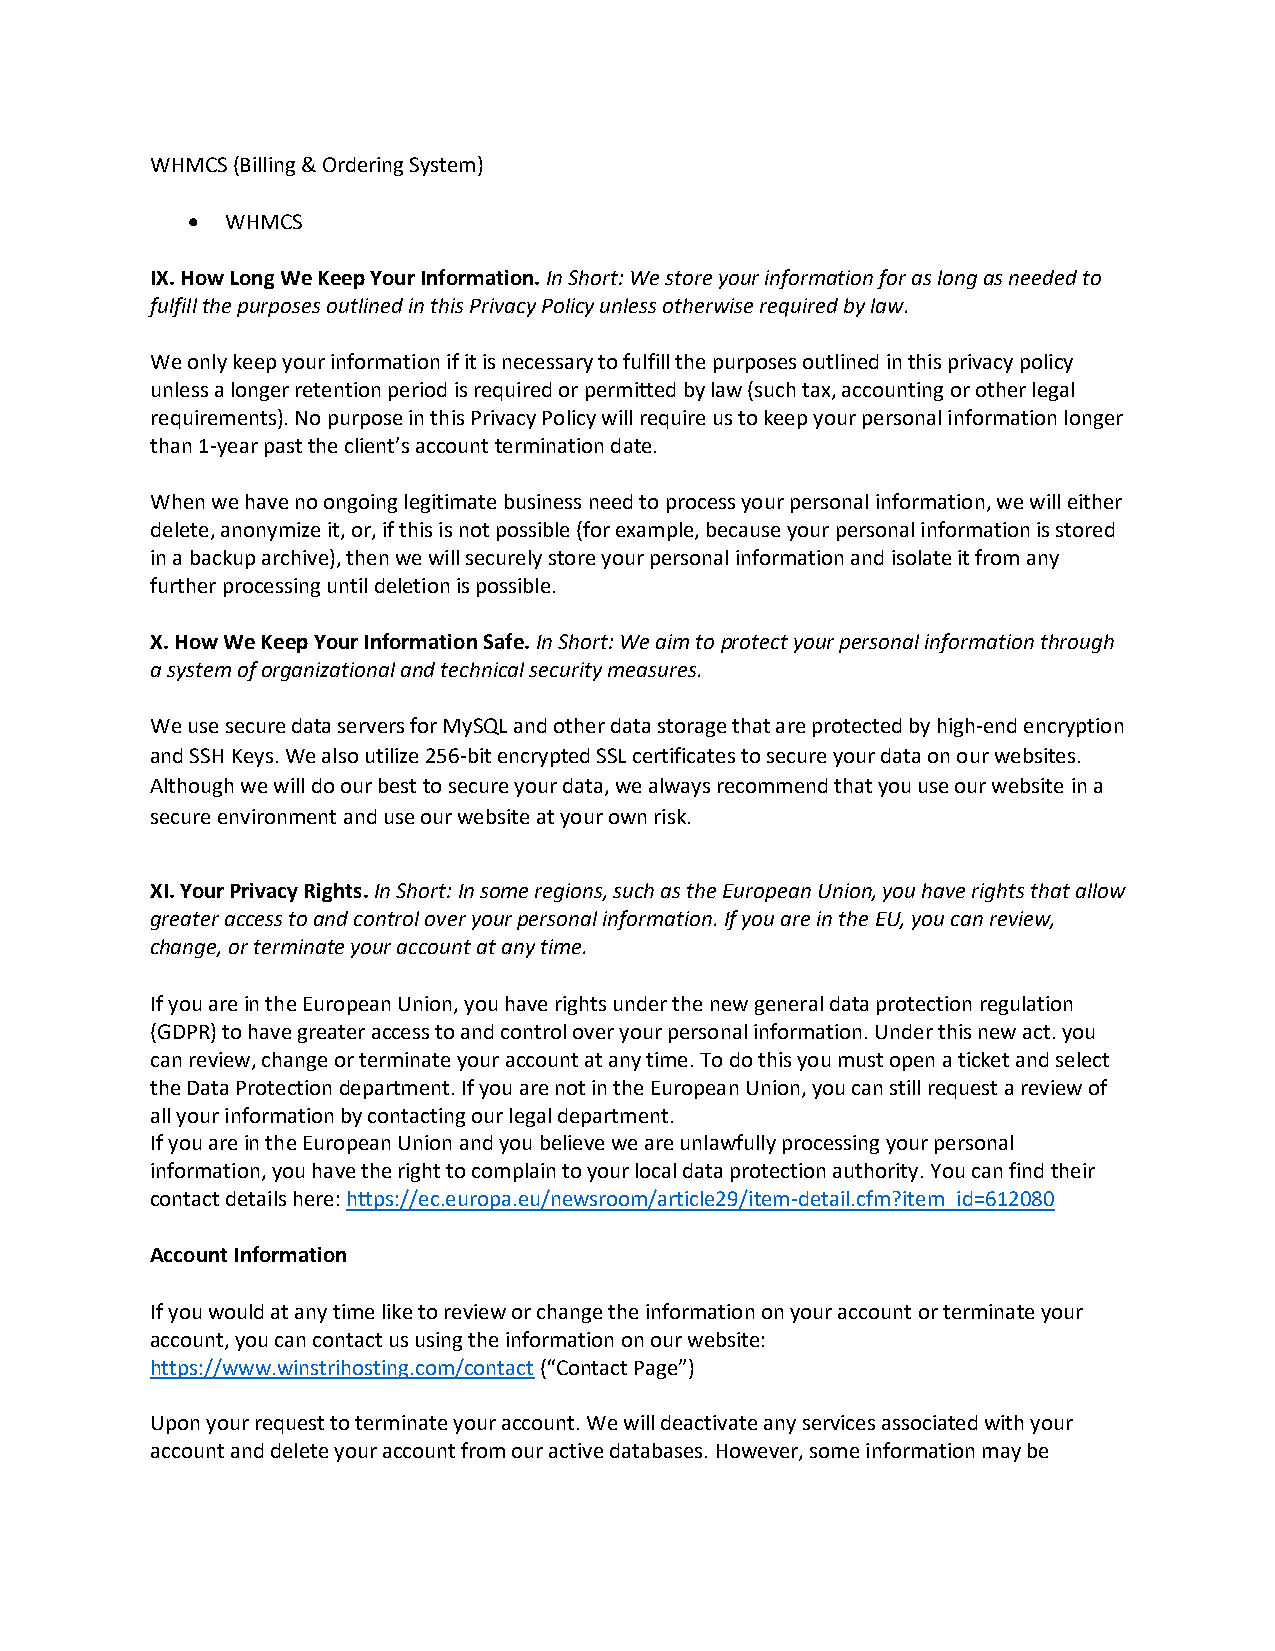
WHMCS (Billing & Ordering System)
 •  WHMCS
 IX. How Long We Keep Your Information. In Short: We store your information for as long as needed to
 fulfill the purposes outlined in this Privacy Policy unless otherwise required by law.
 We only keep your information if it is necessary to fulfill the purposes outlined in this privacy policy
 unless a longer retention period is required or permitted by law (such tax, accounting or other legal
 requirements). No purpose in this Privacy Policy will require us to keep your personal information longer
 than 1-year past the client’s account termination date.
 When we have no ongoing legitimate business need to process your personal information, we will either
 delete, anonymize it, or, if this is not possible (for example, because your personal information is stored
 in a backup archive), then we will securely store your personal information and isolate it from any
 further processing until deletion is possible.
 X. How We Keep Your Information Safe. In Short: We aim to protect your personal information through
 a system of organizational and technical security measures.
 We use secure data servers for MySQL and other data storage that are protected by high-end encryption
 and SSH Keys. We also utilize 256-bit encrypted SSL certificates to secure your data on our websites.
 Although we will do our best to secure your data, we always recommend that you use our website in a
 secure environment and use our website at your own risk.
 XI. Your Privacy Rights. In Short: In some regions, such as the European Union, you have rights that allow
 greater access to and control over your personal information. If you are in the EU, you can review,
 change, or terminate your account at any time.
 If you are in the European Union, you have rights under the new general data protection regulation
 (GDPR) to have greater access to and control over your personal information. Under this new act. you
 can review, change or terminate your account at any time. To do this you must open a ticket and select
 the Data Protection department. If you are not in the European Union, you can still request a review of
 all your information by contacting our legal department.
 If you are in the European Union and you believe we are unlawfully processing your personal
 information, you have the right to complain to your local data protection authority. You can find their
 contact details here: https://ec.europa.eu/newsroom/article29/item-detail.cfm?item_id=612080
 Account Information
 If you would at any time like to review or change the information on your account or terminate your
 account, you can contact us using the information on our website:
 https://www.winstrihosting.com/contact (“Contact Page”)
 Upon your request to terminate your account. We will deactivate any services associated with your
 account and delete your account from our active databases. However, some information may be